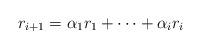
LaTeX: \begin{align*}r_{i+1} = \alpha_1 r_1 + \dots + \alpha_i r_i\end{align*}